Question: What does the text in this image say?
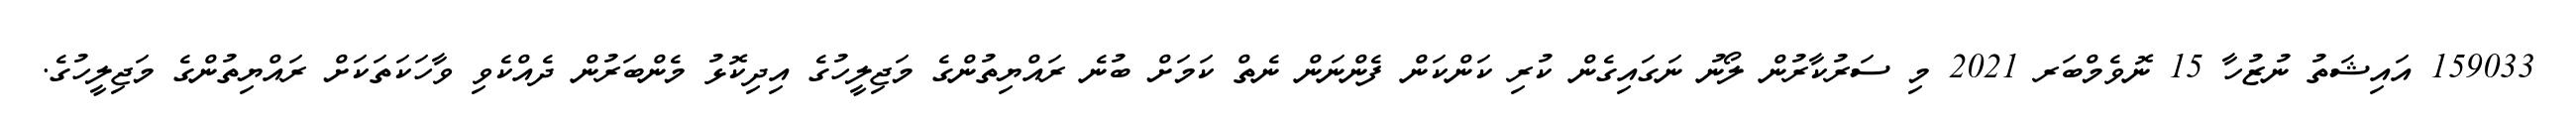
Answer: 159033 އައިޝަތު ނުޒުހާ 15 ނޮވެމްބަރ 2021 މި ސަރުކާރުން ލޯނު ނަގައިގެން ކުރި ކަންކަން ފެންނަން ނެތް ކަމަށް ބުނެ ރައްޔިތުންގެ މަޖިލީހުގެ އިދިކޮޅު މެންބަރުން ދެއްކެވި ވާހަކަތަކަށް ރައްޔިތުންގެ މަޖިލީހުގެ.